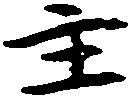
主